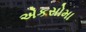
એકસોમા